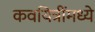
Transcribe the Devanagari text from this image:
कवयित्रींमध्ये